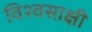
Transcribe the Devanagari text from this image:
विश्वसाक्षी